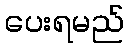
ပေးရမည်